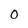
Character: O